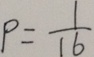
P = \frac { 1 } { 1 6 }